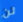
لن